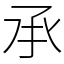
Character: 𠄘